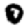
Digit: 0